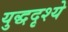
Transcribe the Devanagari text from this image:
युद्धदृश्ये